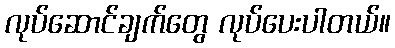
လုပ်ဆောင်ချက်တွေ လုပ်ပေးပါတယ်။